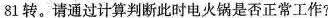
81转。请通过计算判断此时电火锅是否正常工作?